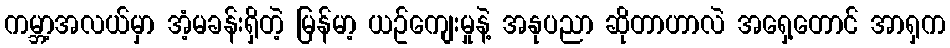
ကမ္ဘာ့အလယ်မှာ အံ့မခန်းရှိတဲ့ မြန်မာ့ ယဥ်ကျေးမှုနဲ့ အနုပညာ ဆိုတာဟာလဲ အရှေ့တောင် အာရှက